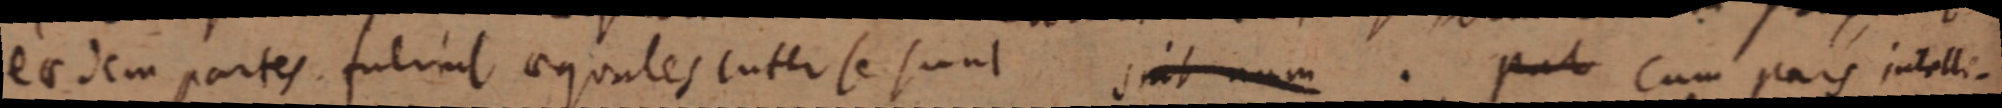
eadem partes fuerint aequales inter se sunt sint num. pat Cum pars intelli-